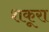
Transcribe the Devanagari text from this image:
शकूरा